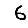
Digit: 6